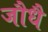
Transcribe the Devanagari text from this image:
जौधै